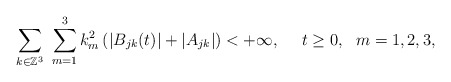
\begin{align*} \sum\limits_{k\in \mathbb{Z}^3}\ \sum\limits_{m=1}^{3}k_m^2\left(|B_{jk}(t)|+|A_{jk}|\right)<+\infty,\ \ \ \ t\geq 0,\ \ m=1,2,3, \end{align*}